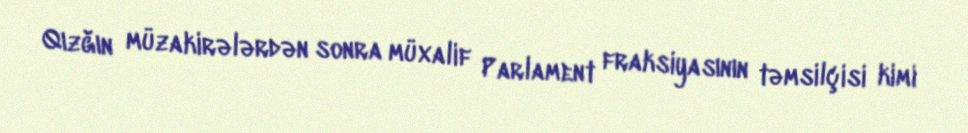
Qızğın müzakirələrdən sonra müxalif Parlament fraksiyasının təmsilçisi kimi